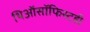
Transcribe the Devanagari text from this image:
थिऑसॉफिस्टही